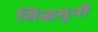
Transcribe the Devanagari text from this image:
सिद्धमुनी